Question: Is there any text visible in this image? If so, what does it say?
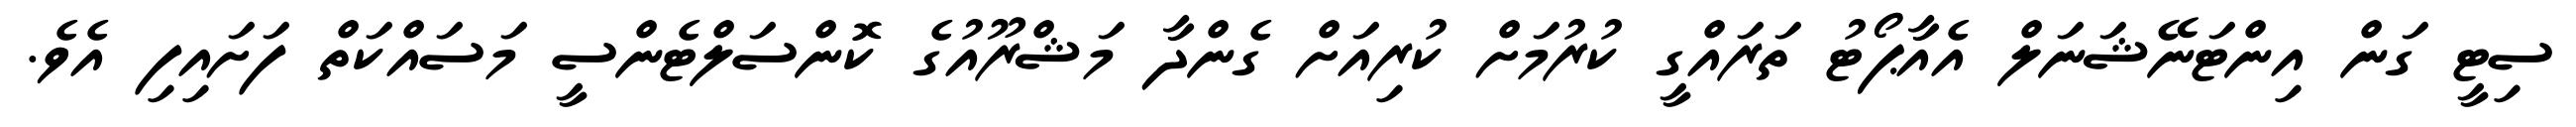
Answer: ސިޓީ ގަން އިންޓަނޭޝަނަލް އެއާޕޯޓު ތަރައްގީ ކުރުމަށް ކުރިއަށް ގެންދާ މަޝްރޫއުގެ ކޮންސަލްޓެންސީ މަސައްކަތް ފަށައިފި އެވެ.